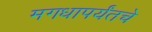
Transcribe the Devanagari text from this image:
मगधापर्यंतचे